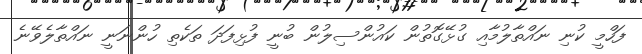
ފަހްމީ ކުނި ނައްތާލުމާއި ގުޅޭގޮތުން ކައުންސިލުން ބުނީ ފުޅިފަދަ ތަކެތި ހުންނަނީ ނައްތާލެވޭނެ